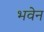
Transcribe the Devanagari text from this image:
भवेन